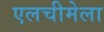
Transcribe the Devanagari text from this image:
एलचीमेला